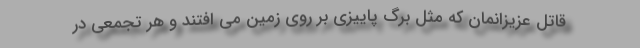
قاتل عزیزانمان که مثل برگ پاییزی بر روی زمین می افتند و هر تجمعی در